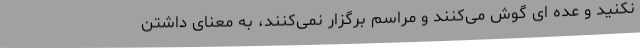
نکنید و عده ای گوش می‌کنند و مراسم برگزار نمی‌کنند، به معنای داشتن